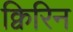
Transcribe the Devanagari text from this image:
क्विरिन